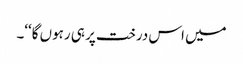
میں اس درخت پر ہی رہوں گا‘‘۔